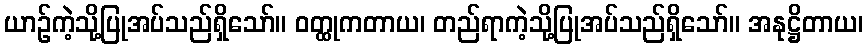
ယာဉ်ကဲ့သို့ပြုအပ်သည်ရှိသော်။ ဝတ္ထုကတာယ၊ တည်ရာကဲ့သို့ပြုအပ်သည်ရှိသော်။ အနုဋ္ဌိတာယ၊